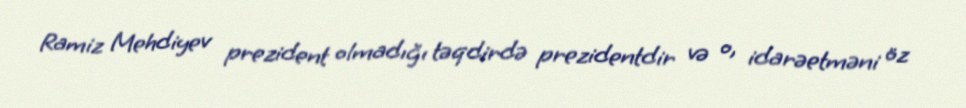
Ramiz Mehdiyev prezident olmadığı təqdirdə prezidentdir və o, idarəetməni öz